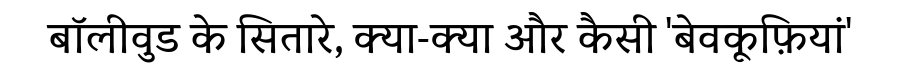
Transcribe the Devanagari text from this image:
बॉलीवुड के सितारे, क्या-क्या और कैसी 'बेवकूफ़ियां'